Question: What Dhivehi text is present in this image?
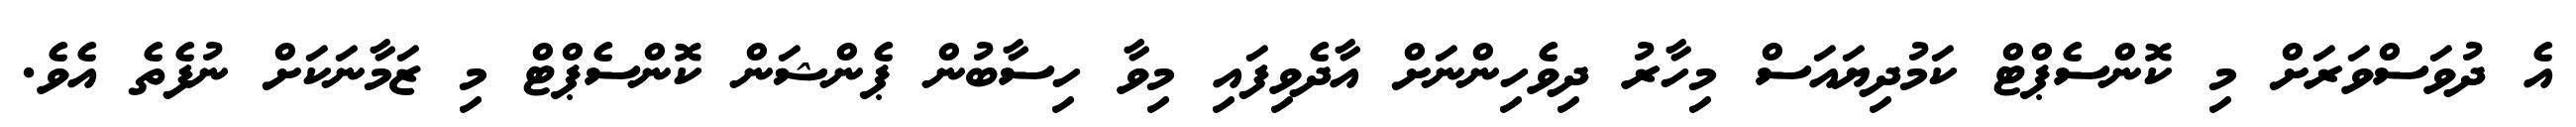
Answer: އެ ދުވަސްވަރަށް މި ކޮންސެޕްޓް ކަމުދިޔައަސް މިހާރު ދިވެހިންނަށް އާދެވިފައި މިވާ ހިސާބުން ޕެންޝަން ކޮންސެޕްޓް މި ޒަމާނަކަށް ނުފެތެ އެވެ.